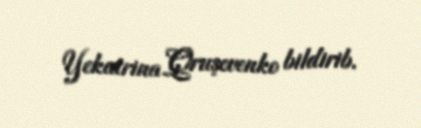
Yekatrina Qruşevenko bildirib.